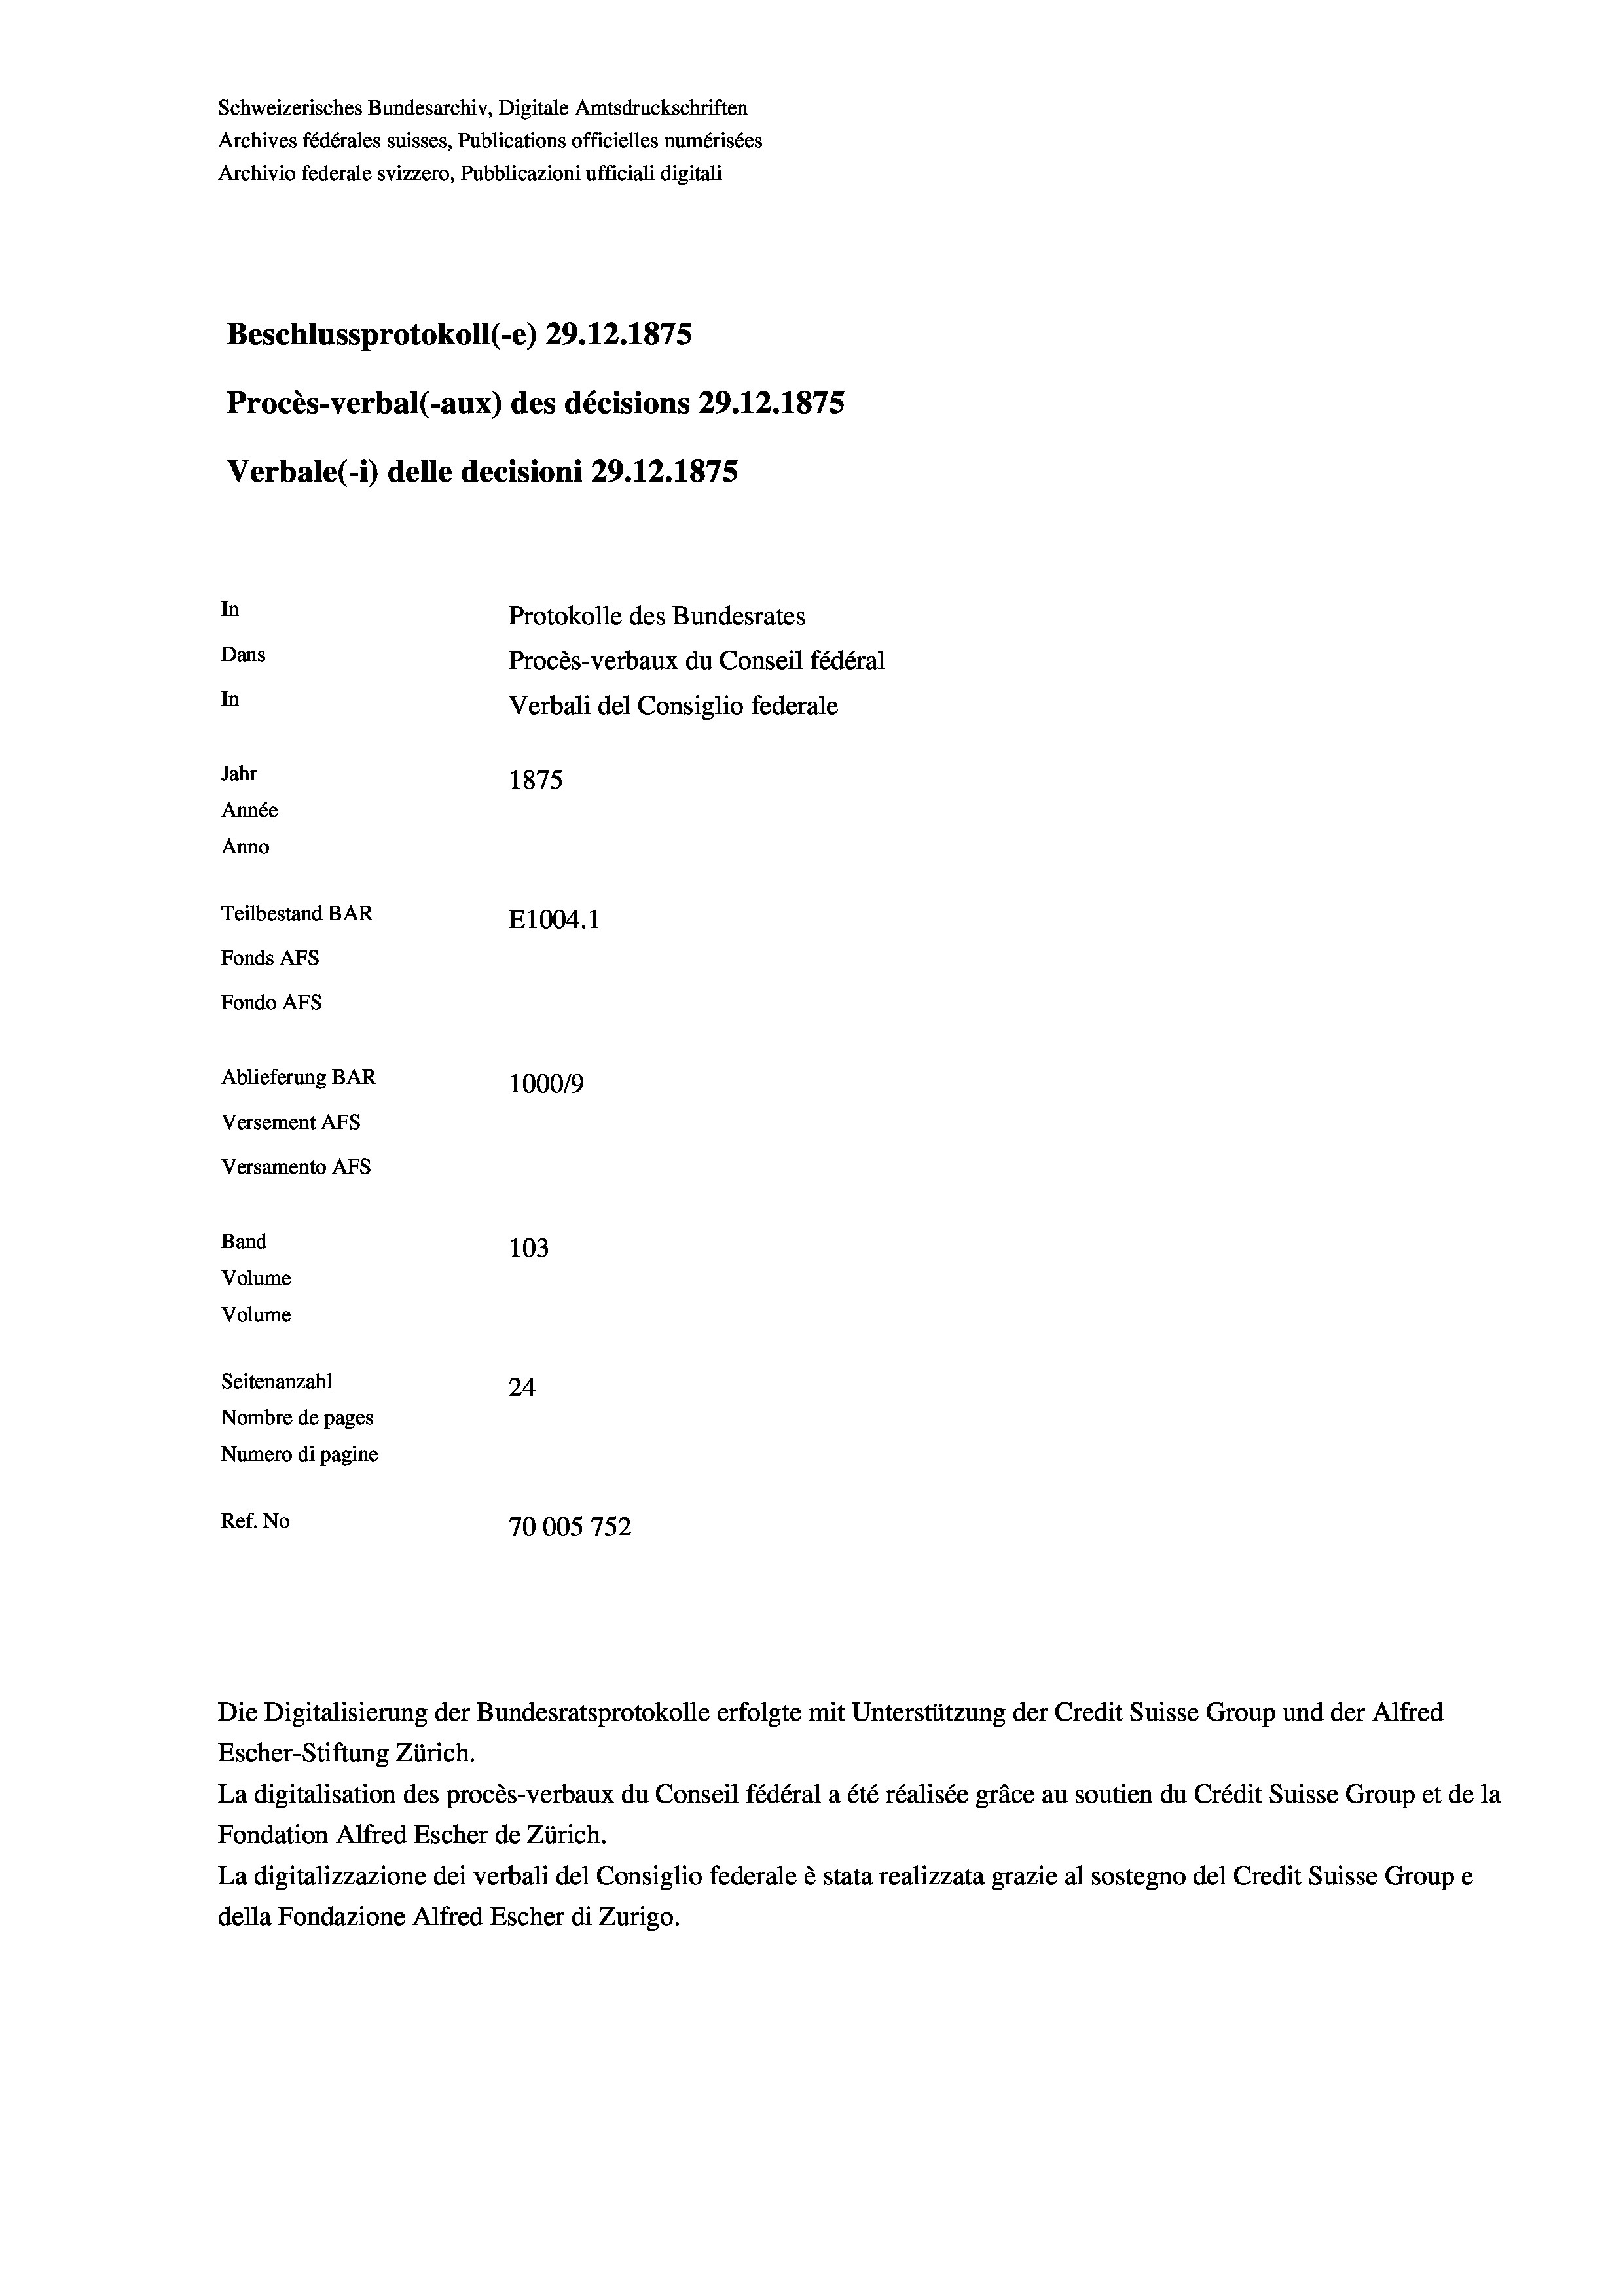
Schweizerisches Bundesarchiv, Digitale Amtsdruckschriften
Archives fédérales suisses, Publications officielles numérisées
Archivio federale svizzero, Pubblicazioni ufficiali digitali
Beschlussprotokoll (-e) 29.12.1875
Procès-verbal (-aux) des décisions 29.12.1875
Verbale(*) delle decisioni 29.12.1875
In
Protokolle des Bundesrates
Dans
Procès-verbaux du Conseil fédéral
In
Verbali del Consiglio federale
Jahr
1875
Année
Anno
Teilbestand BAR
E1004. 1
Fonds AFs
Fondo AFs
Ablieferung BAR
1000/9
Versement Abs
Versamento AFs

103
Volume
Volume
Seitenanzahl
24
Nombre de pages
Numero di pagine
Ref. No
70005 752

Band

Escher-Stiftung Zürich.
La digitalisation des procès-verbaux du Conseil fédéral a été réalisée gräce au soutien du Crédit Suisse Group et de la
Fondation Alfred Escher de Zürich.
La digitalizzazione dei verbali del Consiglio federale è stata realizzata grazie al sostegno del Credit Suisse Groupe
della Fondazione Alfred Escher di Zurigo.

Die Digitalisierung der Bundesratsprotokolle erfolgte mit Unterstützung der Credit Suisse Group und der Alfred